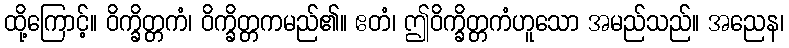
ထို့ကြောင့်။ ဝိက္ခိတ္တကံ၊ ဝိက္ခိတ္တကမည်၏။ ဧတံ၊ ဤဝိက္ခိတ္တကံဟူသော အမည်သည်။ အညေန၊